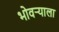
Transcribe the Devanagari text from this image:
भोवर्‍याला